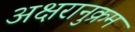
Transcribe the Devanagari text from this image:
अक्षरानुक्रम